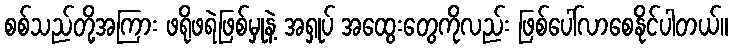
စစ်သည်တို့အကြား ဖရိုဖရဲဖြစ်မှုနဲ့ အရှုပ် အထွေးတွေကိုလည်း ဖြစ်ပေါ်လာစေနိုင်ပါတယ်။